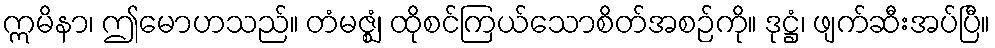
ဣမိနာ၊ ဤမောဟသည်။ တံမဇ္ဈံ၊ ထိုစင်ကြယ်သောစိတ်အစဉ်ကို။ ဒုဋ္ဌံ၊ ဖျက်ဆီးအပ်ပြီ။